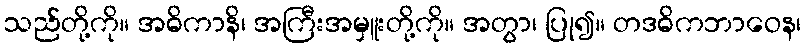
သည်တို့ကို။ အဓိကာနိ၊ အကြီးအမှူးတို့ကို။ အတွာ၊ ပြု၍။ တဒဓိကဘာဝေန၊